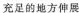
充足的地方伸展